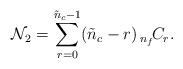
LaTeX: \begin{align*}{\cal N}_{2} = \sum_{r=0}^{\tilde{n}_{c}-1} (\tilde{n}_{c}-r) \,{}_{n_{f}}\!C_{r}. \end{align*}